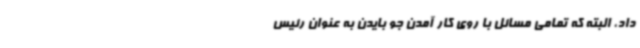
داد، البته که تمامی مسائل با روی کار آمدن جو بایدن به عنوان رئیس